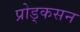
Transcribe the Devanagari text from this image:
प्रोड्कसन